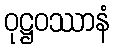
ဝုဋ္ဌဝဿာနံ